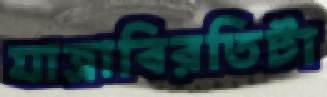
যাত্রাবিরতিটা